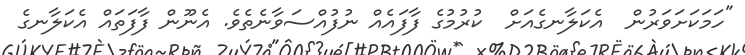
"ހަމަކަށަވަރުން  އެކަލާނގެއަށް  ކުރުމުގެ ފާފައެއް ނުފުއްސަވާނެތެވެ. އެނޫން ފާފަތައް އެކަލާނގެ